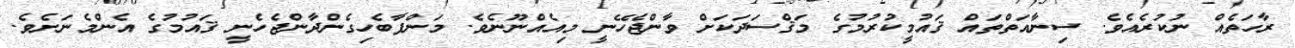
ރާހަތެއް ނުކުރެއެވެ. ސިނާއަތްތައް ޤައުމީކުރުމުގެ މަޤްސަދަކަށް ވާންޖެހޭނީ މިއެއްނޫނެވެ. މަންފާބެހިގެންދާންޖެހެނީ ޤައުމުގެ އެންމެނަށެވެ.